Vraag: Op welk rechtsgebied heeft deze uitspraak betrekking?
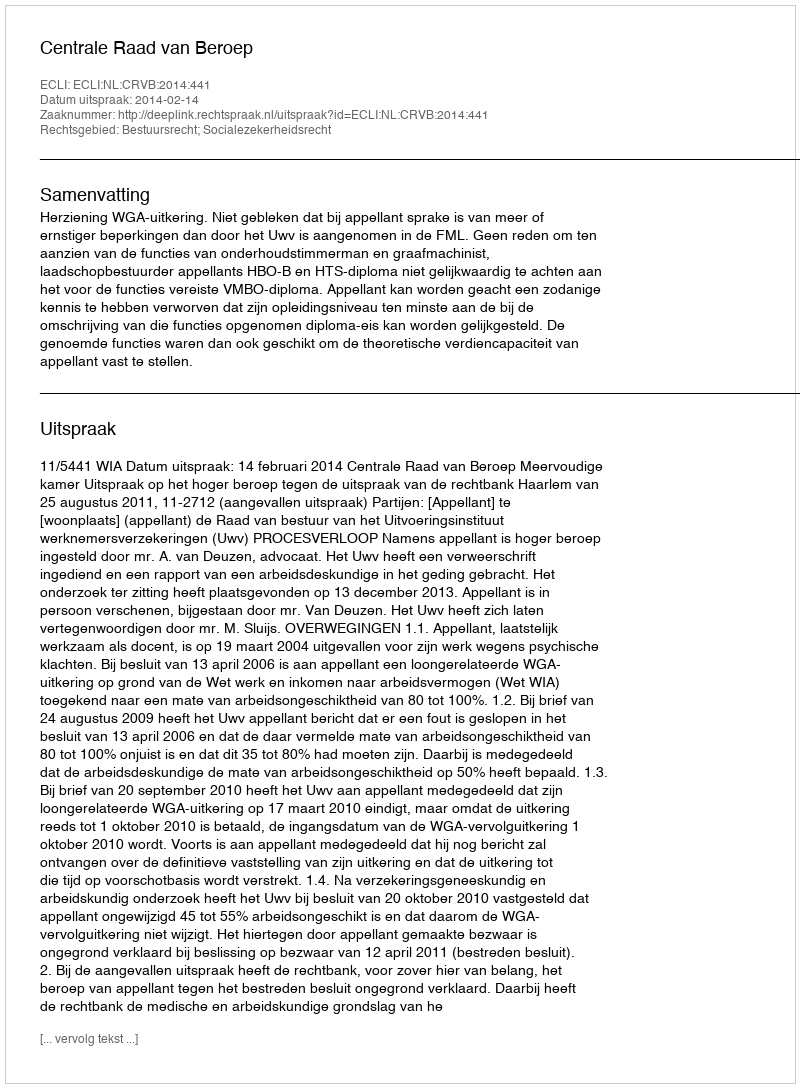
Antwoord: Bestuursrecht; Socialezekerheidsrecht